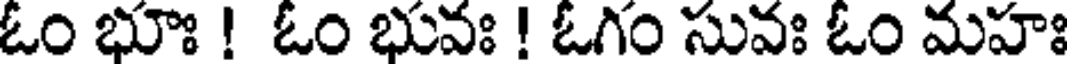
ఓం భూః ! ఓం భువః ! ఓగం సువః ఓం మహః